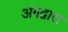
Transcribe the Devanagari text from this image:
अंगद्वारा